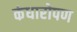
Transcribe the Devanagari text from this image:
कंधारोपण